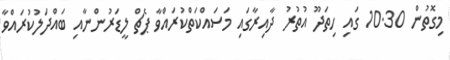
މިގޮތުން 10.30 ގައި ހިތަދޫ އުތުރު ދާއިރާގައި މަސައްކަތްކުރައްވާ ޕެޗް ލީޑަރުންނާއި ބައްދަލުކުރައްވާ